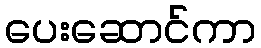
ပေးဆောင်ကာ